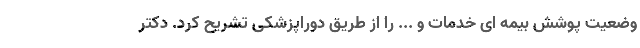
وضعیت پوشش بیمه ای خدمات و ... را از طریق دوراپزشکی تشریح کرد. دکتر